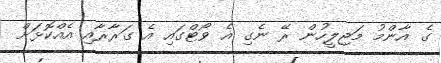
ގެ އާންމު މަޖިލީހުން ރޭ ނެގި އެ ވޯޓްގައި އެ ގަރާރާއި އެއްކޮޅަށް